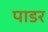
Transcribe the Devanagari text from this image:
पाडर